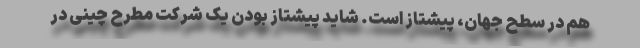
هم در سطح جهان، پیشتاز است. شاید پیشتاز بودن یک شرکت مطرح چینی در